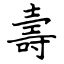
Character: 壽